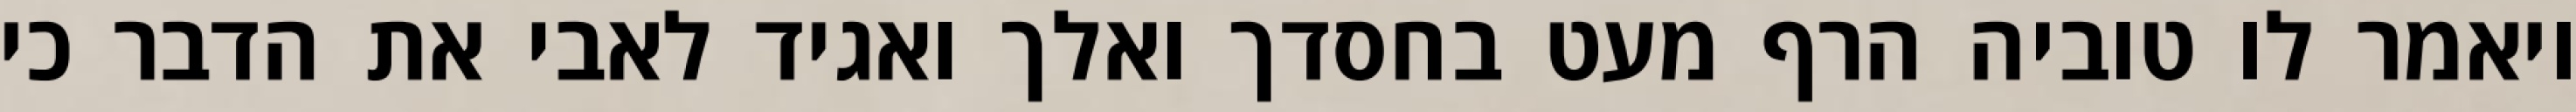
ויאמר לו טוביה הרף מעט בחסדך ואלך ואגיד לאבי את הדבר כי